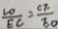
\frac { C O } { E C } = \frac { C F } { E O }